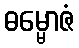
ဓမ္မောဇံ